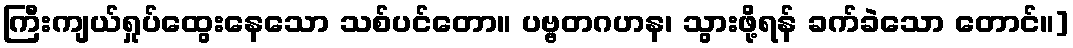
ကြီးကျယ်ရှုပ်ထွေးနေသော သစ်ပင်တော။ ပဗ္ဗတဂဟန၊ သွားဖို့ရန် ခက်ခဲသော တောင်။]